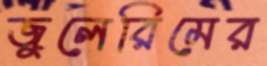
জুলেরিমের